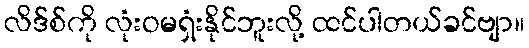
လိဒ်စ်ကို လုံးဝမရှံးနိုင်ဘူးလို့ ထင်ပါတယ်ခင်ဗျာ။